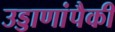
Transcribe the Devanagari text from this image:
उड्डाणांपैकी